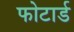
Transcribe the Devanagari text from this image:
फोटार्ड